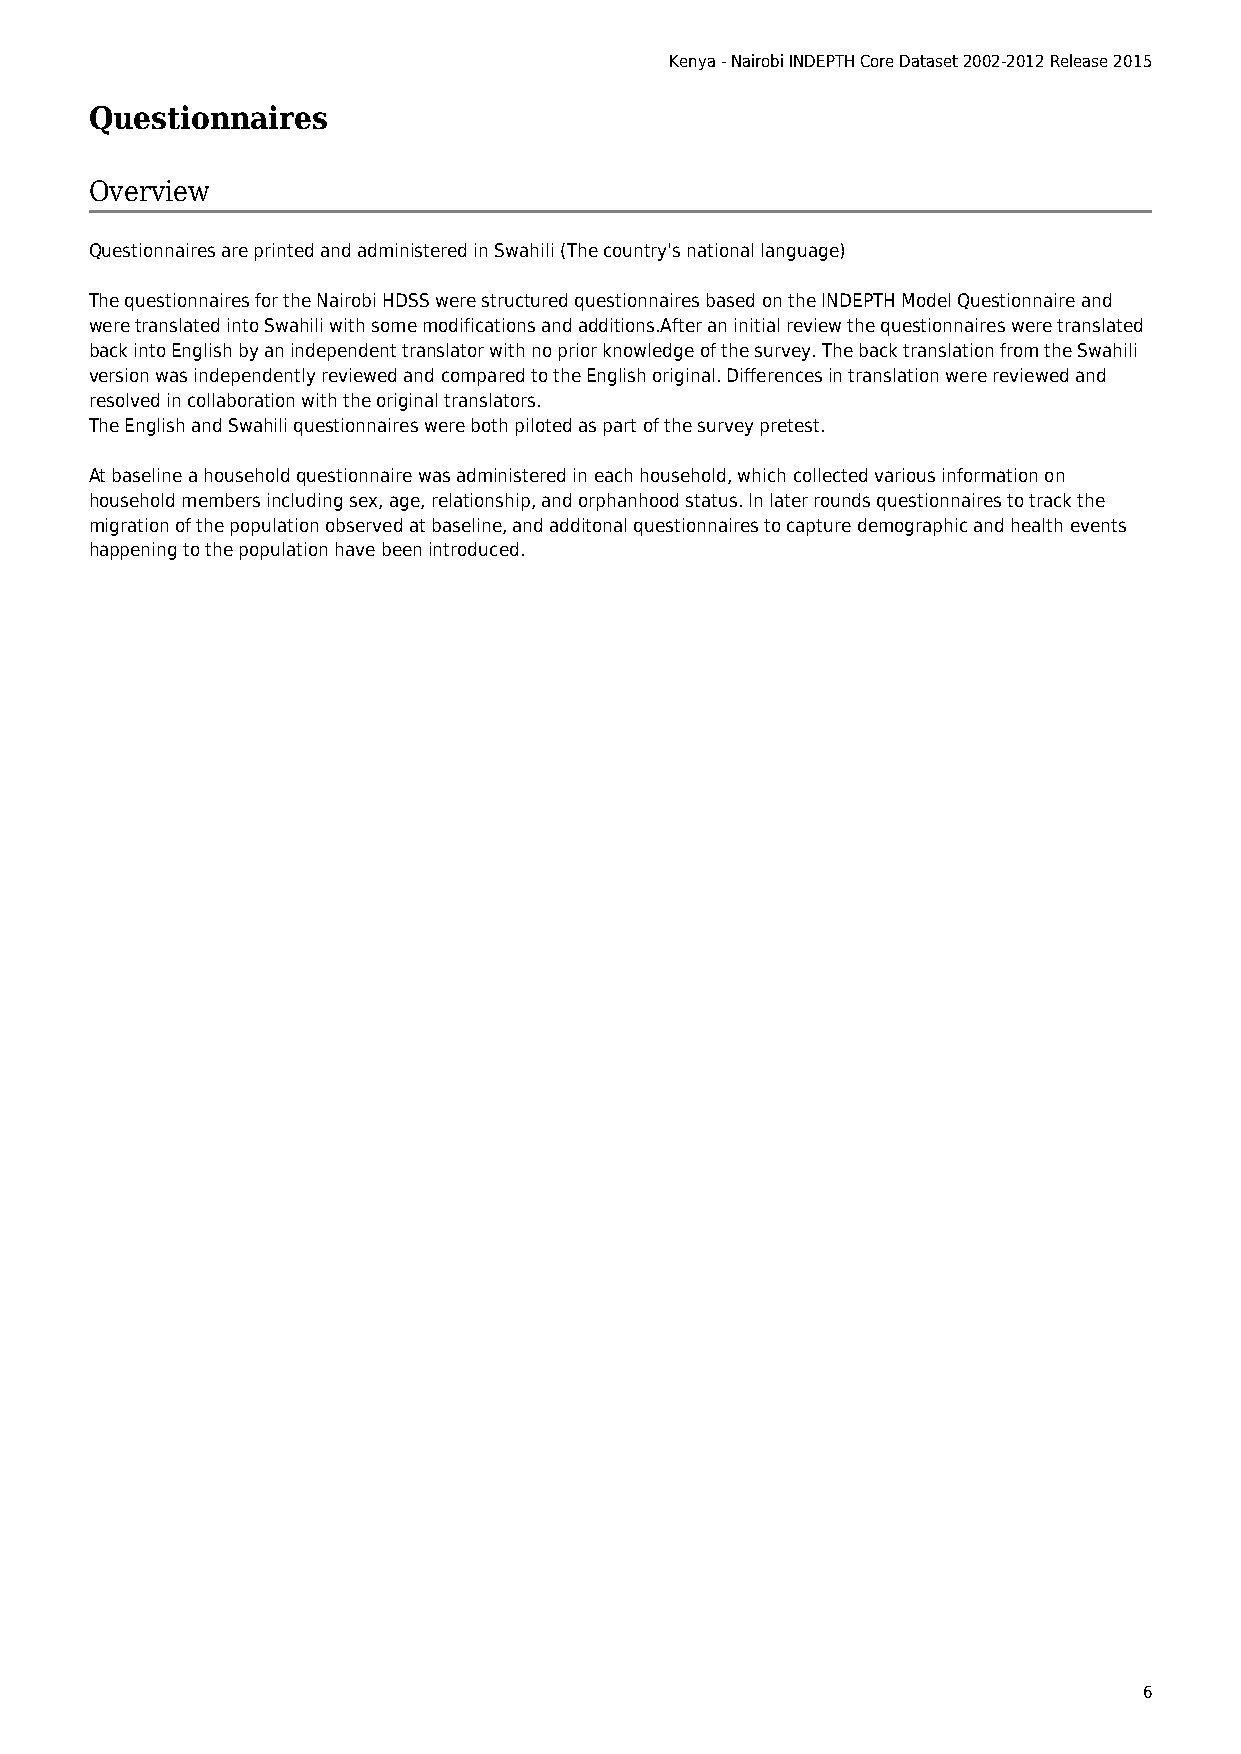
Kenya - Nairobi INDEPTH Core Dataset 2002-2012 Release 2015
 Questionnaires
 Overview
 Questionnaires are printed and administered in Swahili (The country's national language)
 The questionnaires for the Nairobi HDSS were structured questionnaires based on the INDEPTH Model Questionnaire and
 were translated into Swahili with some modifications and additions.After an initial review the questionnaires were translated
 back into English by an independent translator with no prior knowledge of the survey. The back translation from the Swahili
 version was independently reviewed and compared to the English original. Differences in translation were reviewed and
 resolved in collaboration with the original translators.
 The English and Swahili questionnaires were both piloted as part of the survey pretest.
 At baseline a household questionnaire was administered in each household, which collected various information on
 household members including sex, age, relationship, and orphanhood status. In later rounds questionnaires to track the
 migration of the population observed at baseline, and additonal questionnaires to capture demographic and health events
 happening to the population have been introduced.
 6